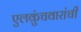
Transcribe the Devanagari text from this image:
एलकुंचवारांची